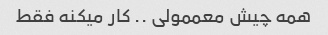
همه چیش معممولی .. کار میکنه فقط